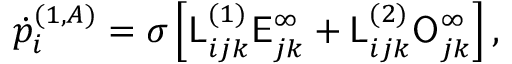
\dot { p } _ { i } ^ { ( 1 , A ) } = \sigma \left[ \mathsf { L } _ { i j k } ^ { ( 1 ) } \mathsf { E } _ { j k } ^ { \infty } + \mathsf { L } _ { i j k } ^ { ( 2 ) } \mathsf { O } _ { j k } ^ { \infty } \right] ,